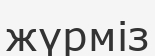
жүрміз